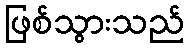
ဖြစ်သွားသည်